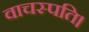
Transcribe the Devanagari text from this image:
वाचस्‍पति।